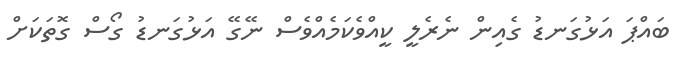
ބައްޕަ އަޅުގަނޑު ގެއިން ނެރެލީ ކީއްވެކަމެއްވެސް ނޭގޭ އަޅުގަނޑު ގޯސް ގޮތަކަށް